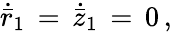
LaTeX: \dot{\bar{r}}_{1}\, =\, \dot{\bar{z}}_{1}\, =\, 0\, ,